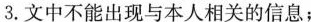
3.文中不能出现与本人相关的信息；